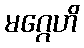
မဂ္ဂေဟိ